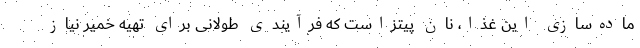
ماده‌سازی این غذا، نان پیتزاست که فرآیندی طولانی برای تهیه خمیر نیاز